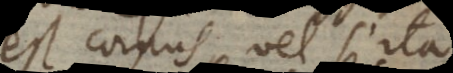
corpus, vel si ita